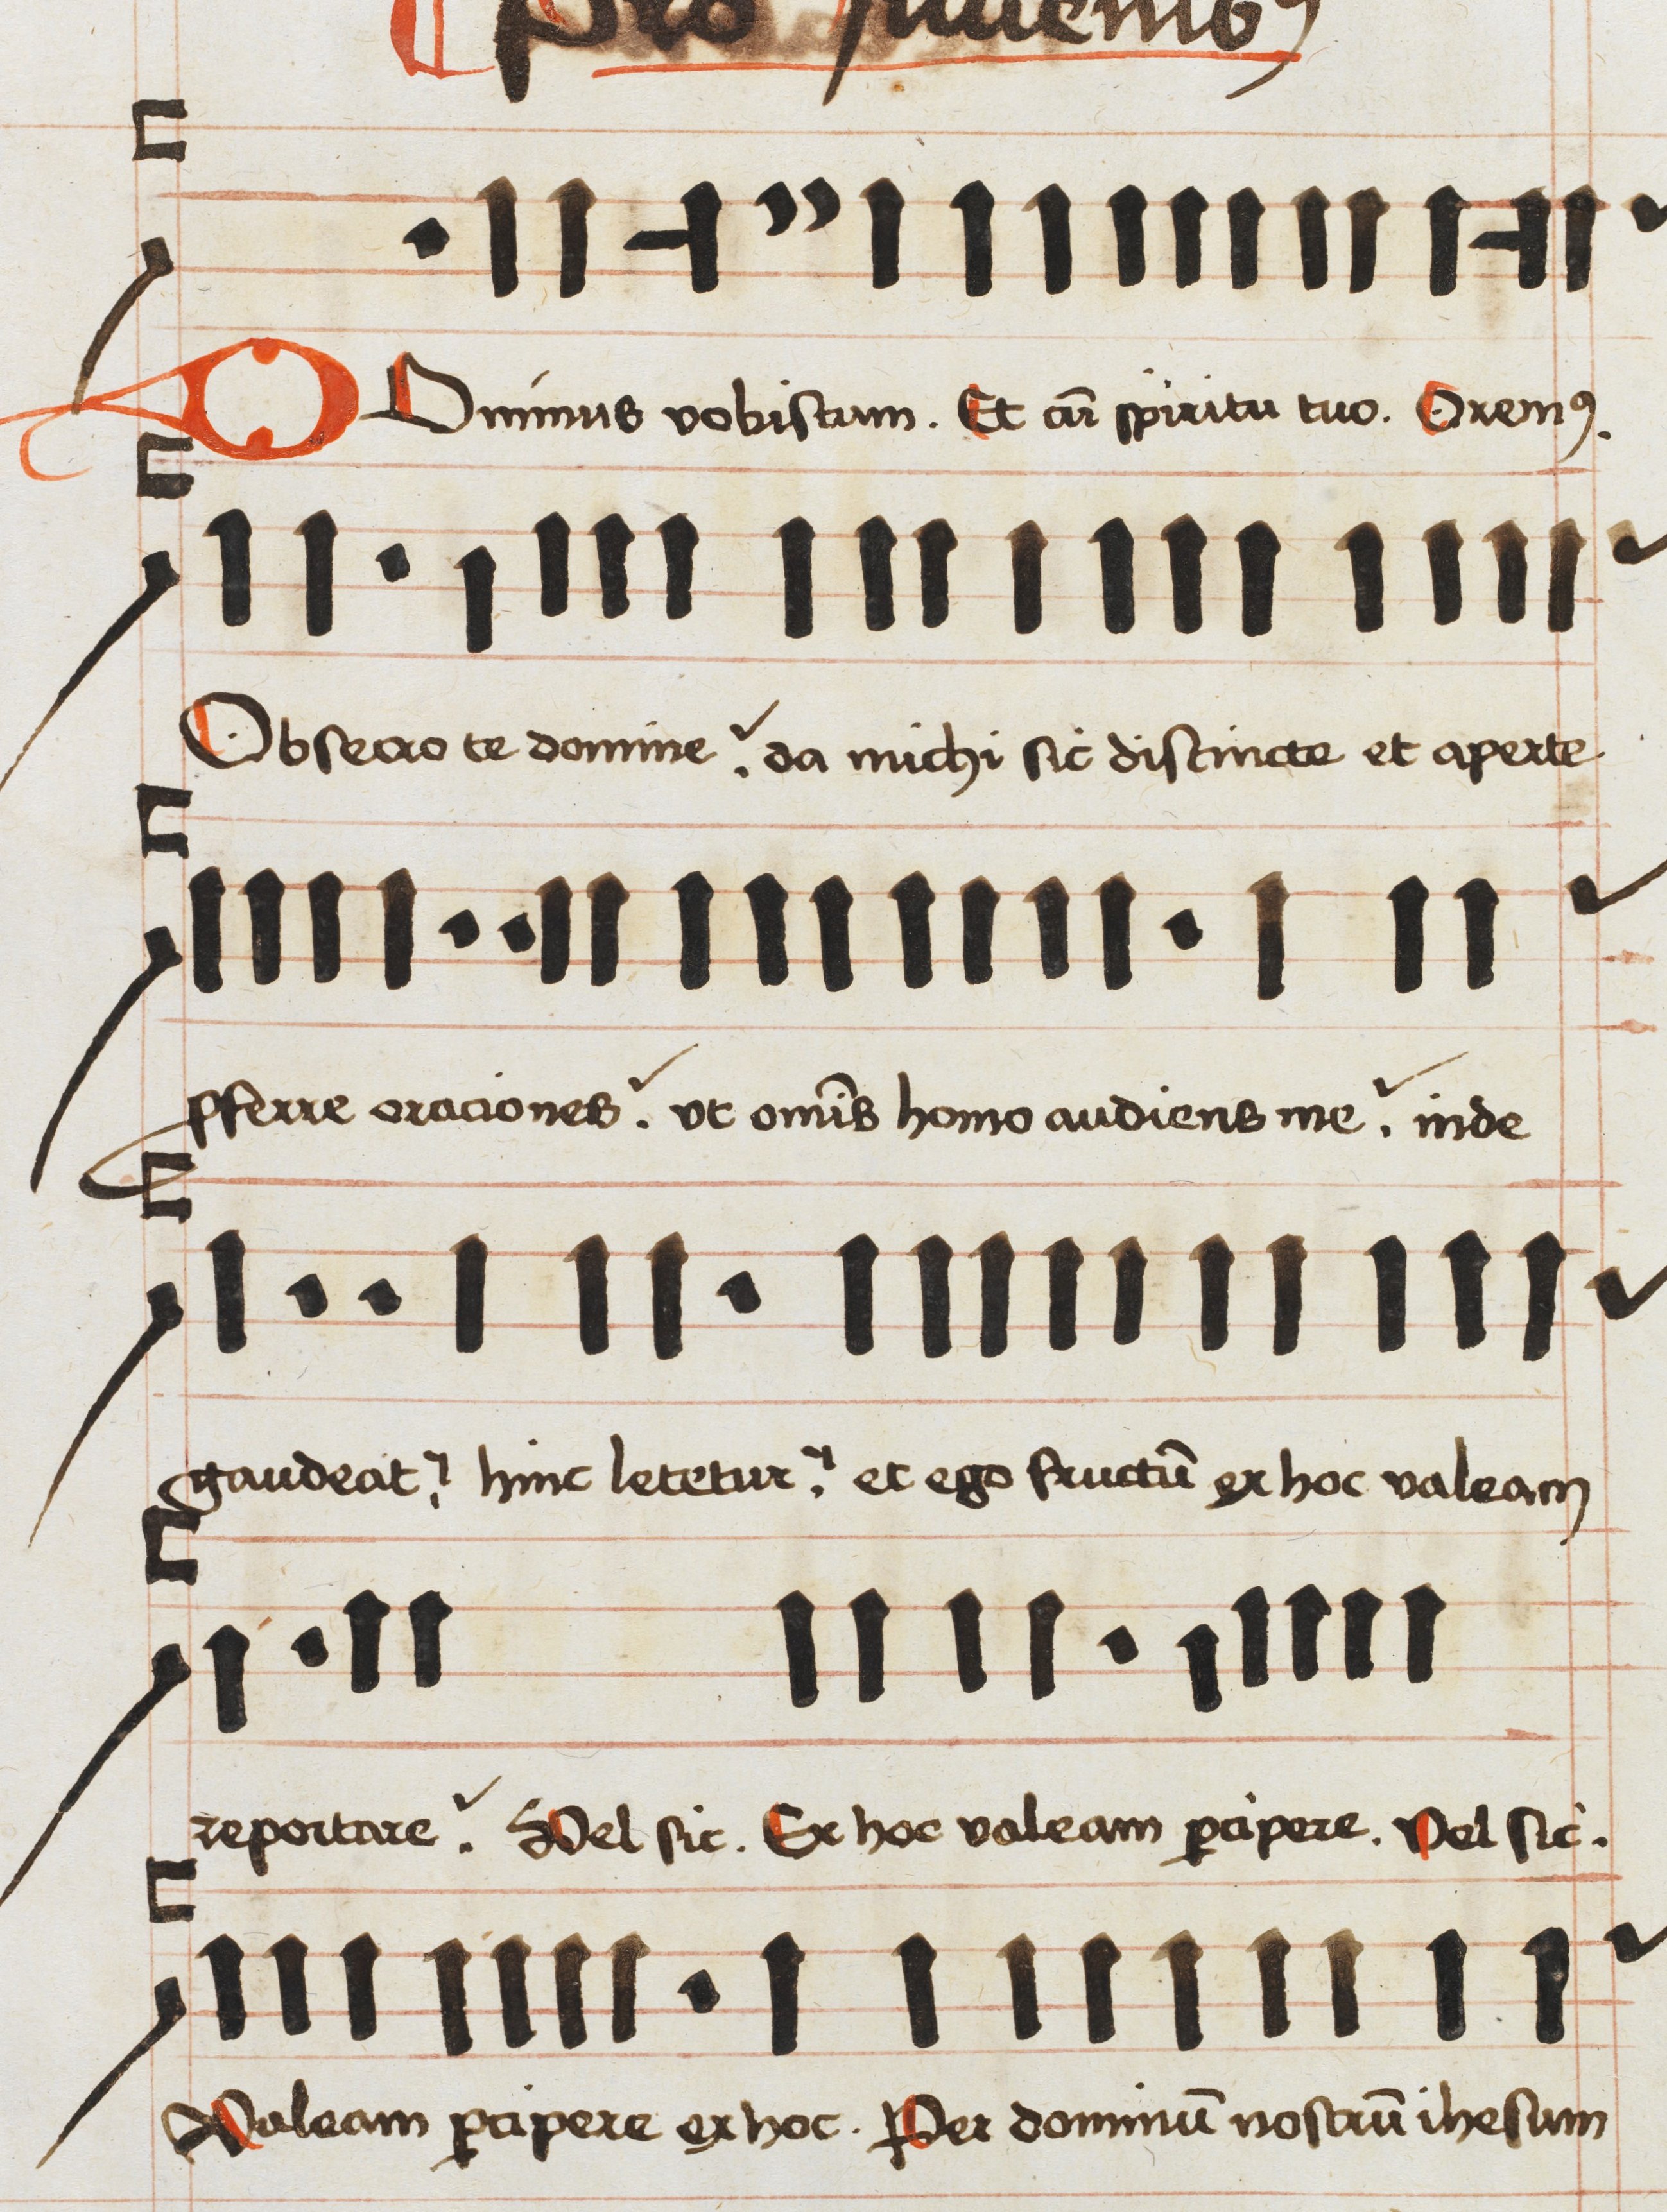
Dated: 1496–1498